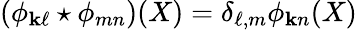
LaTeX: \left(\phi_{\mathbf{k}\ell}\star\phi_{mn}\right)(X)=\delta_{\ell,m}\phi_{\mathbf{k}n}(X)